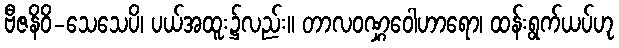
ဗီဇနိဝိ-သေသေပိ၊ ပယ်အထူး၌လည်း။ တာလဝဏ္ဋဝေါဟာရော၊ ထန်းရွက်ယပ်ဟု